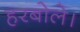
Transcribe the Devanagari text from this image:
हरबोले।